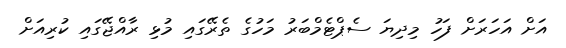
އަށް އަހަރަށް ފަހު މިދިޔަ ސެޕްޓެމްބަރު މަހުގެ ތެރޭގައި މުޅި ރާއްޖޭގައި ކުރިއަށް